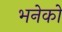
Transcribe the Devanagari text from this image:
भनेको